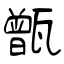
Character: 甑